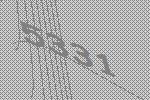
5331